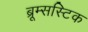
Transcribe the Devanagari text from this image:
ब्रूम्सस्टिक